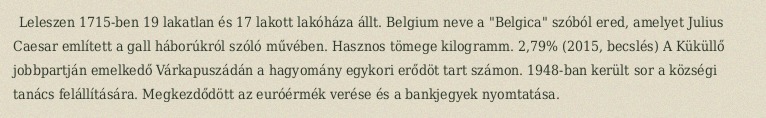
Leleszen 1715-ben 19 lakatlan és 17 lakott lakóháza állt. Belgium neve a "Belgica" szóból ered, amelyet Julius Caesar említett a gall háborúkról szóló művében. Hasznos tömege kilogramm. 2,79% (2015, becslés) A Küküllő jobbpartján emelkedő Várkapuszádán a hagyomány egykori erődöt tart számon. 1948-ban került sor a községi tanács felállítására. Megkezdődött az euróérmék verése és a bankjegyek nyomtatása.